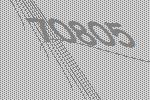
70805